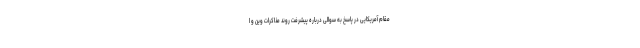
مقام آمریکایی در پاسخ به سوالی درباره پیشرفت روند مذاکرات وین و ا